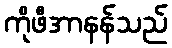
ကိုဖီအာနန်သည်